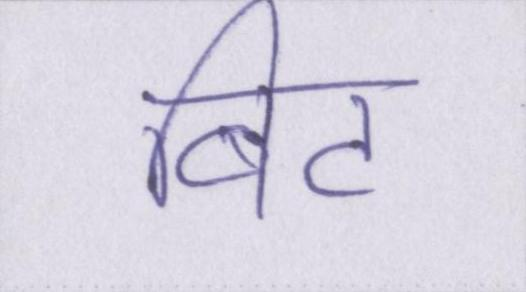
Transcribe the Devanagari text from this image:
बिट